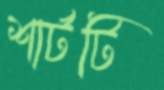
শার্টটি